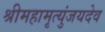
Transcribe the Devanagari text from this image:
श्रीमहामृत्युंजयदेव